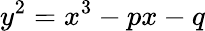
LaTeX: y^{2}=x^{3}-px-q